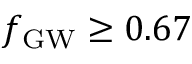
\ensuremath { f _ { \mathrm { G W } } } \geq 0 . 6 7